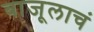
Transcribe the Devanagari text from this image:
बाजूलाचं